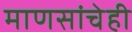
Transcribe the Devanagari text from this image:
माणसांचेही